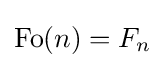
\operatorname {Fo} (n)=F_{n}